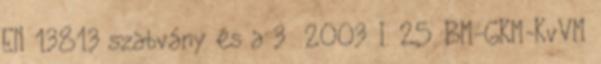
EN 13813 szabvány és a 3 2003. I. 25. BM-GKM-KvVM